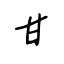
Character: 甘